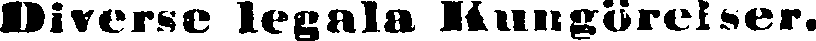
Diverse legala Kungörelser.